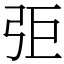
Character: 弡